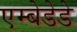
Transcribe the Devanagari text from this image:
एम्बेडेडे